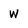
Character: W